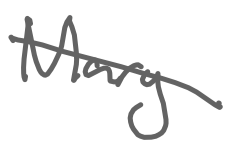
Text: Mary
Cross-out: diagonal
Writing tool: digital_gray